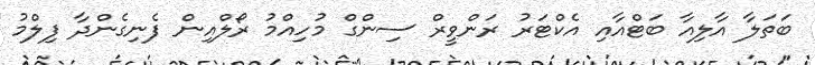
ބަތަލާ އާލިއާ ބަޓްއާއި އެކްޓަރު ރަންވީރް ސިންގް މުހިއްމު ރޯލްއިން ފެނިގެންދާ ފިލްމު